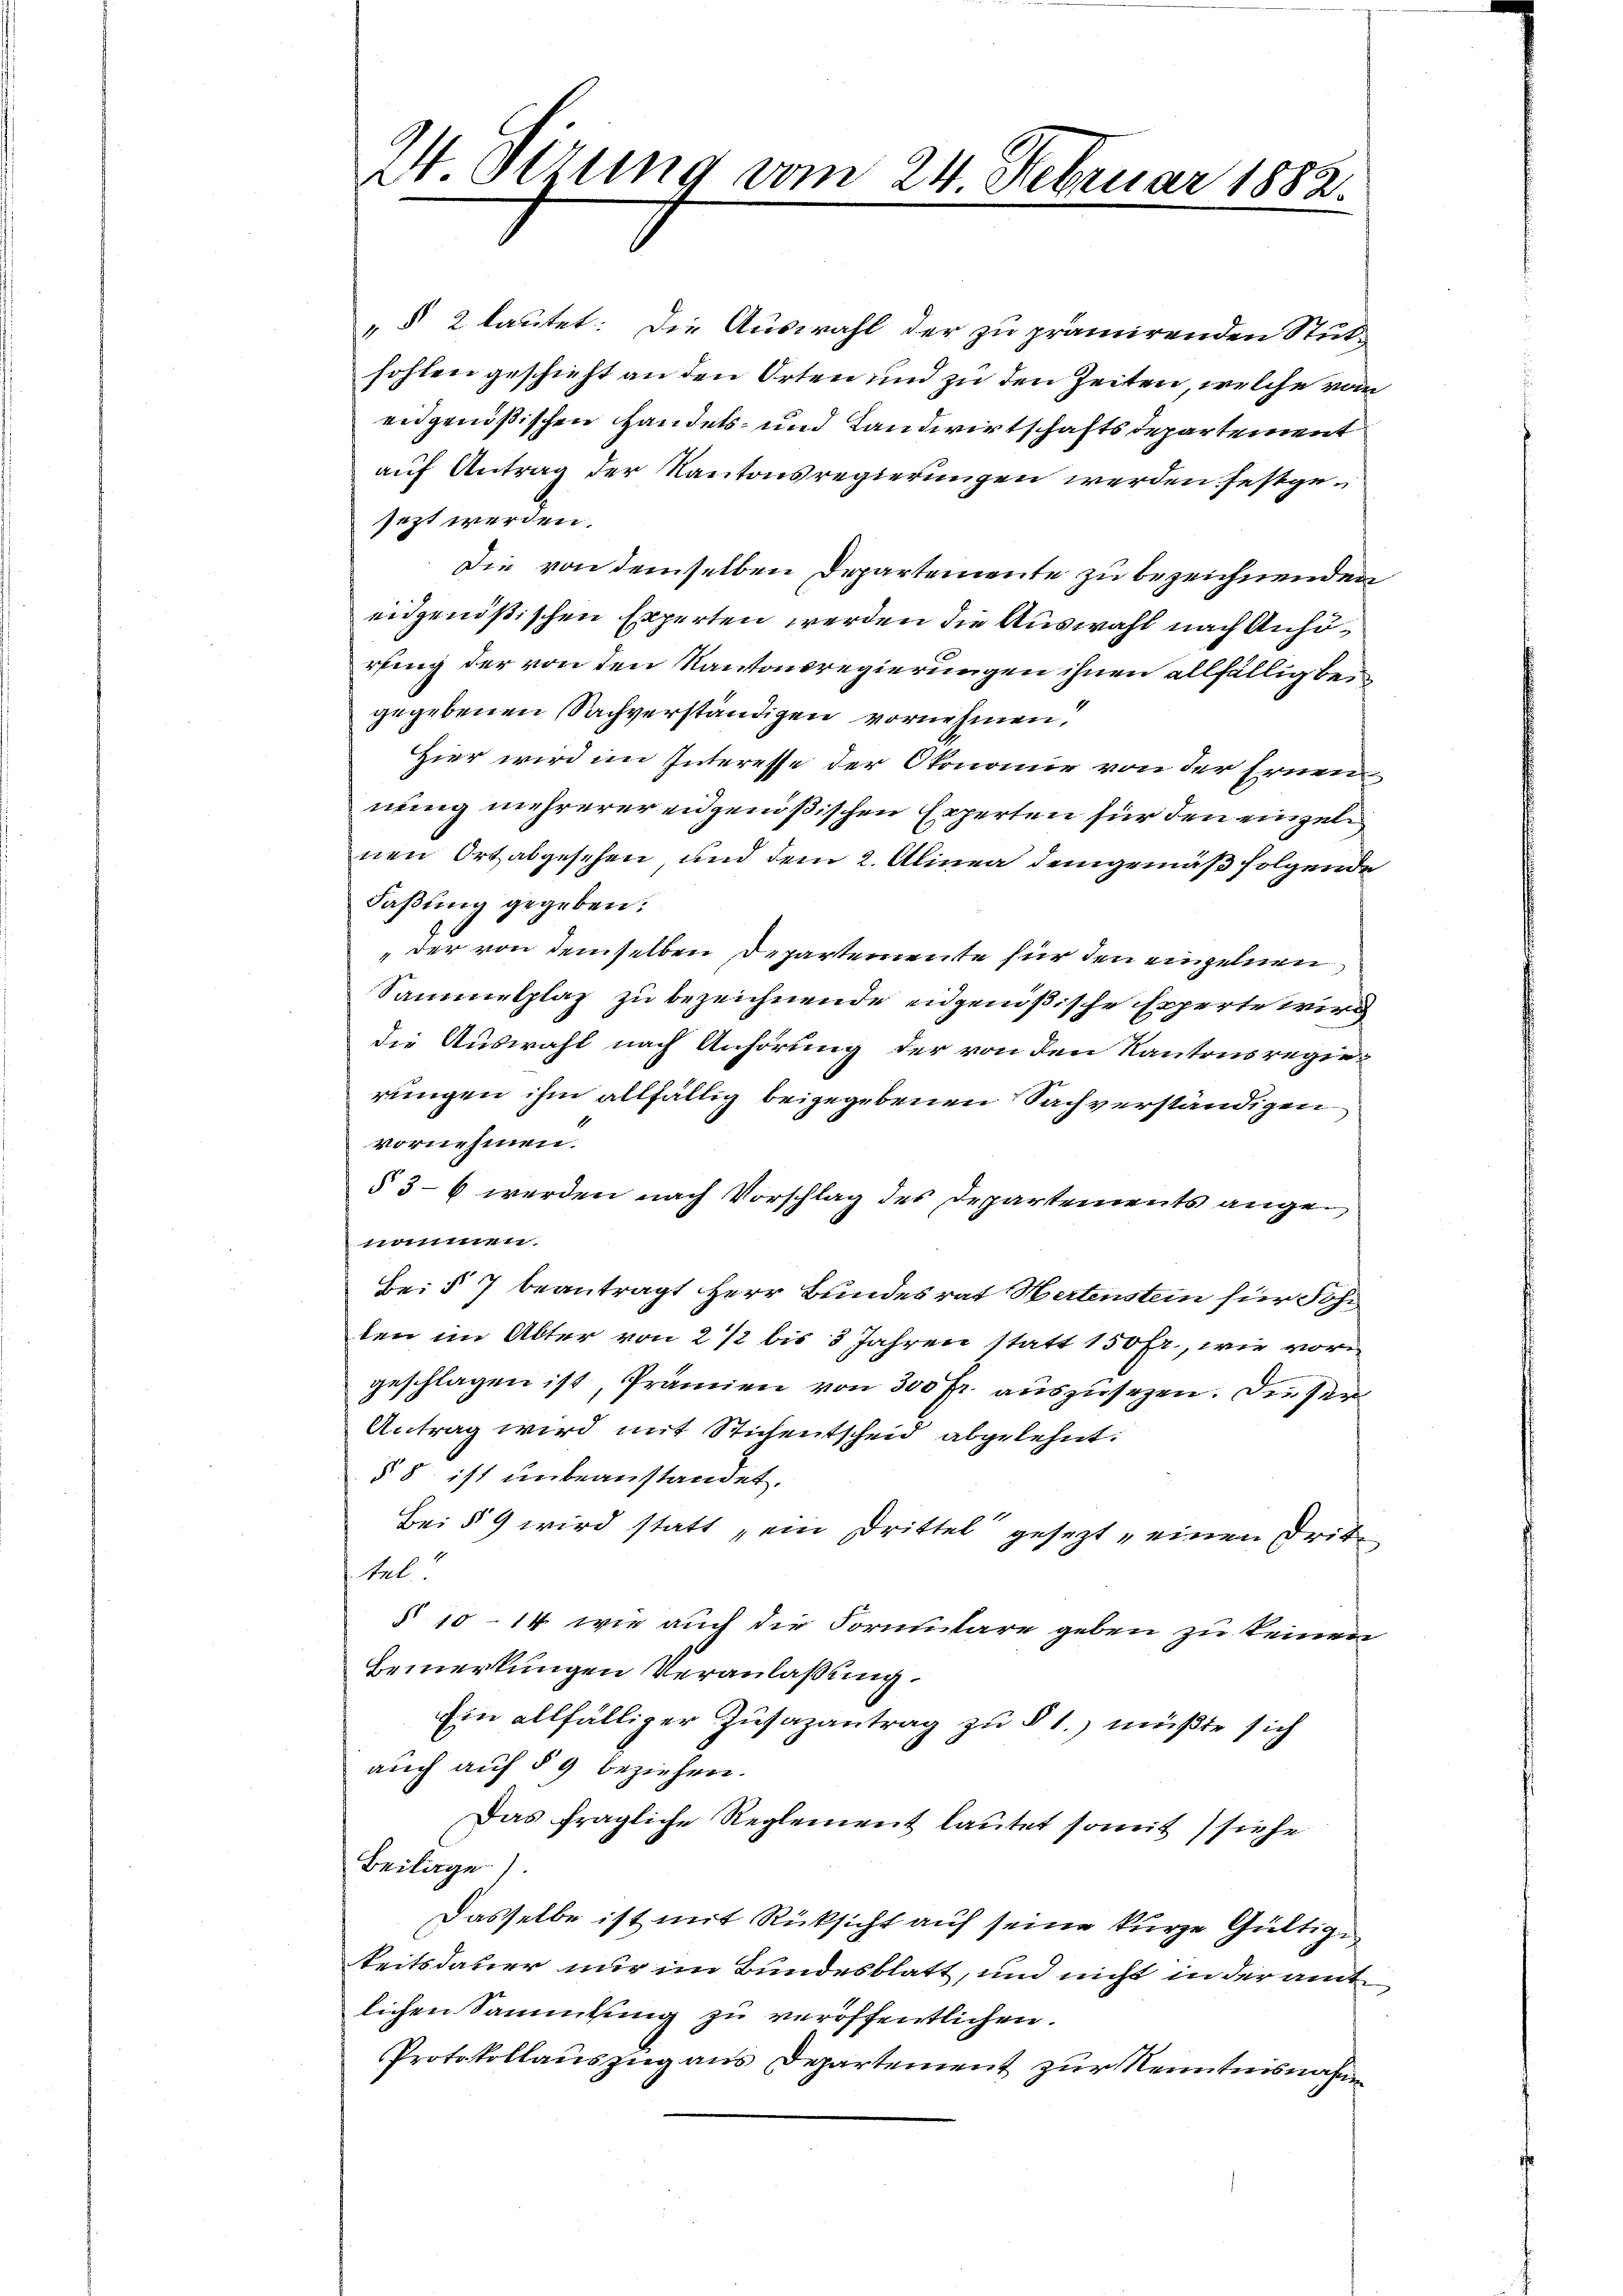
„§ 2 lautet: Die Auswahl der zu prämirenden Stutz
sohlen geschieht an den Orten und zu den Zeiten, welche vom
eidgenößischen Handels- und Landwirtschaftsdepartement
auf Antrag der Kantonsregierungen werden festgesezt werden.
Die von demselben Departemente zu bezeichnenden
eidgenößischen Experten werden die Auswahl nach Anhörling der von den Kantonsregierungen ihnen allfällig be¬
1
gegebenen Sachverständigen vornehmen,
Hier wird im Interesse der Okonomie von der Ernennung mehrerer eidgenößischen Experten für den einzeln
nen Ort abgesehen, und dem 2. Alinea demgemäß folgende
Faßung gegeben:
"der von demselben Departemente für den einzelnen
Sammelplaz zu bezeichnende eidgenößische Experte wird
die Auswahl nach Anhörung der von den Kantonsregierungen ihm allfällig beigegebenen Sachverständigen
vornehmen.
§ 36 werden nach Vorschlag des Departements ange¬
111111111
Bei § 7 beantragt Herr Bundesrat Hertenstein für Sohn
ten im Alter von 2 1/2 bis 3 Jahren statt 150 Fr., wie vorn
geschlagen ist, Prämien von 300 fr. auszusehen. Die Per
Antrag wird mit Stichentscheid abgelehnt.
§ 8 ist unbeanstandet.
Bei § 9 wird statt „ein Drittel gesezt einen Dritt
tel!
§ 10 - 14 wie auch die Formulare geben zu keinen
Bemerkungen Veranlaßung.
Ein allfälliger Zusazantrag zu § 1. müßte sich
auch auf § 9 beziehen.
Das fragliche Reglement lautet somit siehe
Beilage).
Dasselbe ist mit Rüksicht auf seine kurze Gültige
keitsdauer nur im Bundesblatt, und nicht in der amt
lichen Sammlung zu veröffentlichen.
Protokollauszug aus Departement zur Kenntnisnahme

W. Otzung vom 24. Februar 1882.